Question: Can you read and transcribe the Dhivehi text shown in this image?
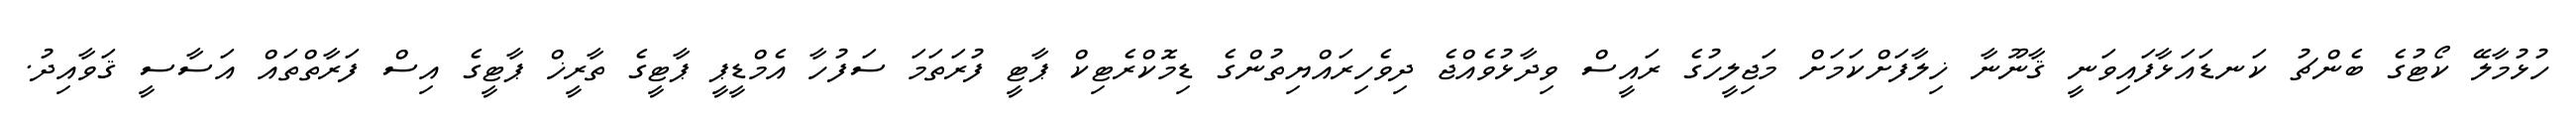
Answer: ހުޅުމާލޭ ކޯޓުގެ ބެންޗު ކަނޑައަޅާފައިވަނީ ޤާނޫނާ ޚިލާފަށްކަމަށް މަޖިލީހުގެ ރައީސް ވިދާޅުވެއްޖެ ދިވެހިރައްޔިތުންގެ ޑިމޮކްރެޓިކް ޕާޓީ ފުރަތަމަ ސަފުހާ އެމްޑީޕީ ޕާޓީގެ ތާރީޚް ޕާޓީގެ އިސް ފަރާތްތައް އަސާސީ ޤަވާއިދު.